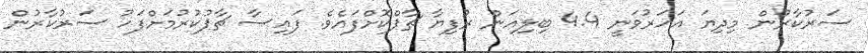
ސަރުކާރުން މިދިޔަ އަހަރުވަނީ 4.4 ބިލިއަން ރުފިޔާ ޗާޕްކޮށްފައެވެ. ފައިސާ ޗާޕުކުރުމަށްފަހު ސަރުކާރުން